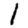
Digit: 1